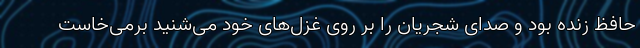
حافظ زنده بود و صدای شجریان را بر روی غزل‌های خود می‌شنید برمی‌خاست